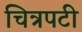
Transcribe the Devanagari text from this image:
चित्रपटी